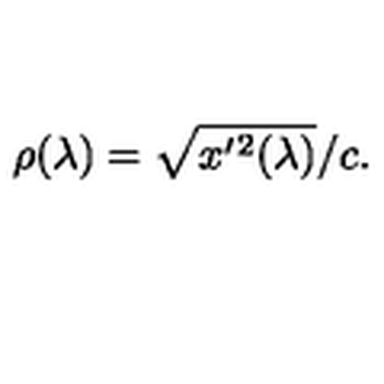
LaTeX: \rho ( \lambda ) = \sqrt { x ^ { \prime } { } ^ { 2 } ( \lambda ) } / c .